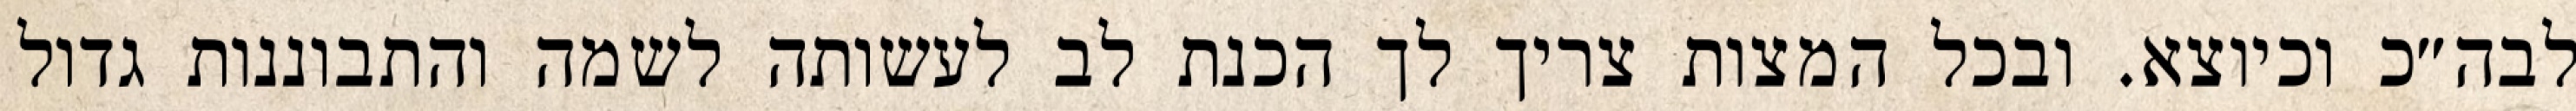
לבה״כ וכיוצא. ובכל המצות צריך לך הכנת לב לעשותה לשמה והתבוננות גדול